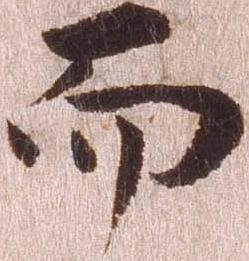
而